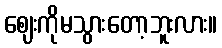
ဈေးကိုမသွားတော့ဘူးလား။